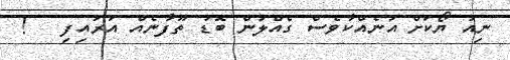
ނިއު ޔޯކަށް އަނެއްކާވެސް ގެއްލުން ބޮޑު ތޫފާނެއް އަރައިފި   !